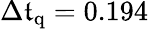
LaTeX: \Delta\mathfrak{t}_{\mathrm{{q}}}=0.194